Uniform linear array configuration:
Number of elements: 24
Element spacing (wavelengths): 0.25
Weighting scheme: cosine
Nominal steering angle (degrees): -30
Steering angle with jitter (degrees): -28.543
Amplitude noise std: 0.05
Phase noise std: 0.05

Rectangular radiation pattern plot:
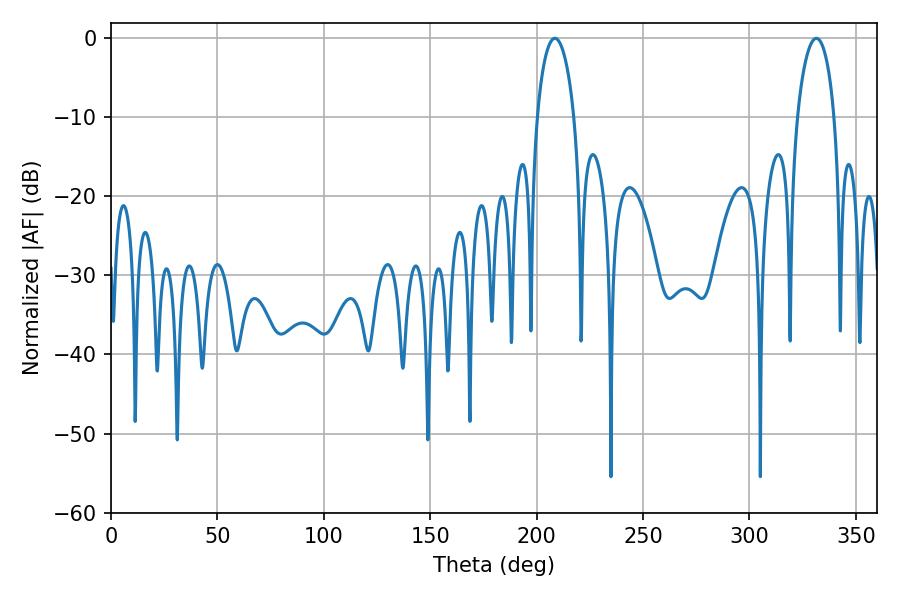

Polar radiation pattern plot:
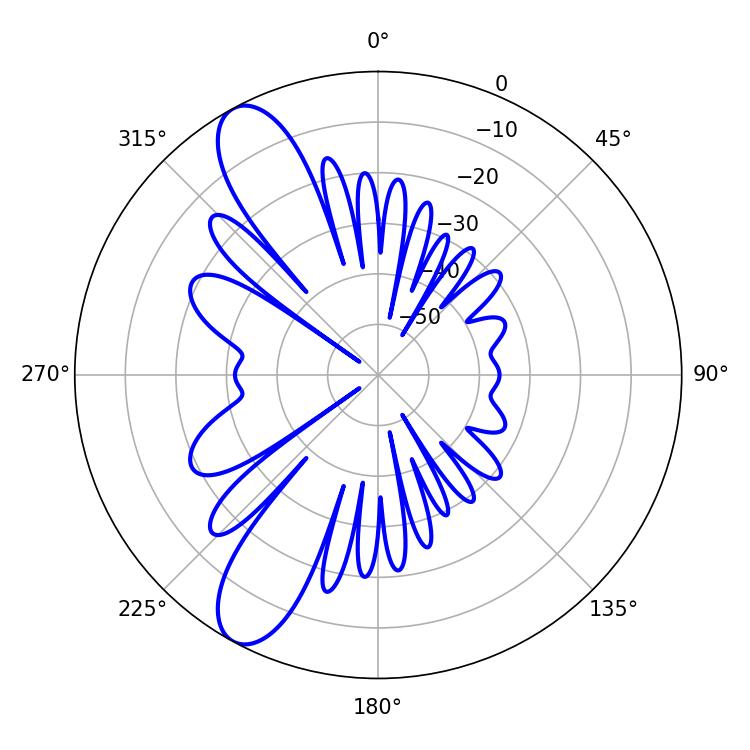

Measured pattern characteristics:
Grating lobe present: FALSE
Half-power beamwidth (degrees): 9.9
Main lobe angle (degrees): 208.62